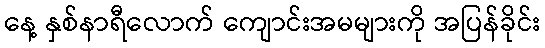
နေ့ နှစ်နာရီလောက် ကျောင်းအမများကို အပြန်ခိုင်း